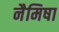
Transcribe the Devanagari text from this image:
नैमिषा